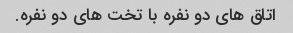
اتاق های دو نفره با تخت های دو نفره.